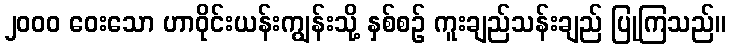
၂၀၀၀ ဝေးသော ဟာဝိုင်းယန်းကျွန်းသို့ နှစ်စဉ် ကူးချည်သန်းချည် ပြုကြသည်။